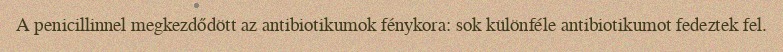
A penicillinnel megkezdődött az antibiotikumok fénykora: sok különféle antibiotikumot fedeztek fel.